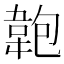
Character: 𩎘